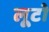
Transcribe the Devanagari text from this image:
लूटो